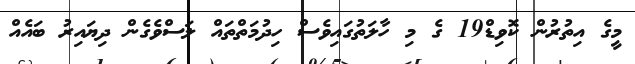
މީގެ އިތުރުން ކޮވިޑް19 ގެ މި ހާލަތުގައިވެސް ހިދުމަތްތައް ލަސްވެގެން ދިޔައިރު ބައެއް